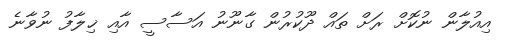
އިއުލާން ނުކޮށް ރަށް ތައް ދޫކުރުން ގާނޫނު އަސާސީ އާއި ޚިލާފު ނުވާނެ